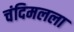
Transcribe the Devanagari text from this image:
चंदिमलला